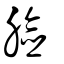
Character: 臉